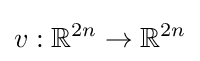
v:\mathbb {R} ^{2n}\to \mathbb {R} ^{2n}